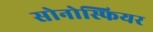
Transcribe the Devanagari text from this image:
सोनोस्फियर